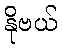
နိုဗယ်